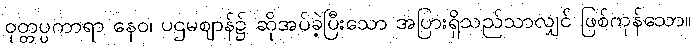
ဝုတ္တပ္ပကာရာ နေဝ၊ ပဌမဈာန်၌ ဆိုအပ်ခဲ့ပြီးသော အပြားရှိသည်သာလျှင် ဖြစ်ကုန်သော။